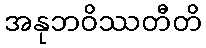
အနုဘဝိဿတီတိ